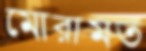
মোরামত